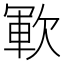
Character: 𣣞